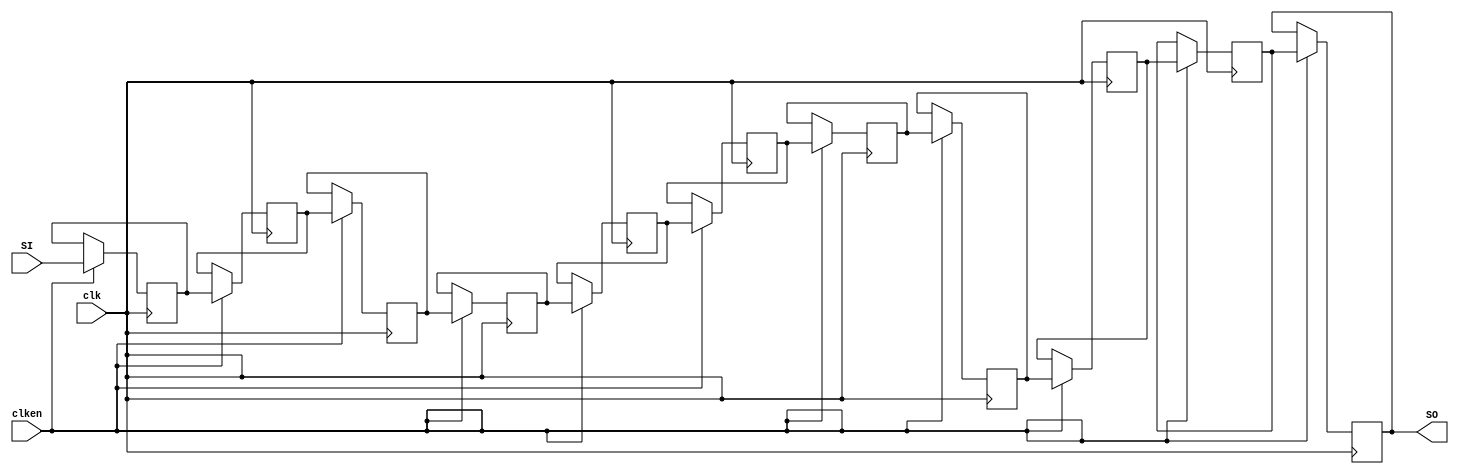
`timescale 1ns / 1ps
// 16-bit, 5 length Shift Register
// Rising edge clock
// Active high clock enable
// Concatenation-based template

module shift_registers_addr (
input clk, 
input clken, 
input [17:0] SI, 
output [17:0] SO
);
    parameter LENGTH = 11;

    reg [17:0] shreg[LENGTH-1:0];
    integer i;
    
    assign SO = shreg[LENGTH-1];
        
    initial begin
       for (i = 0; i < LENGTH; i = i+1)
          shreg[i] <= 0;
//        shreg[0] = 0;
//        shreg[1] = 0;
//        shreg[2] = 0;
//        shreg[3] = 0;
//        shreg[4] = 0;
//        shreg[5] = 0;
//        shreg[6] = 0;
//        shreg[7] = 0;
//        shreg[8] = 0;
//        shreg[9] = 0;
//        shreg[10] = 0;
    end
    
    always @(posedge clk) begin
     if (clken) begin
         for (i = 0; i < LENGTH-1; i = i+1)
            shreg[i+1] <= shreg[i];
         shreg[0] <= SI; 
        end
     end
      
endmodule